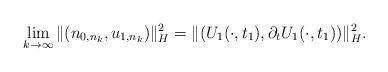
LaTeX: \begin{align*} \lim_{k \rightarrow \infty} \|(n_{0,n_k}, u_{1,n_k})\|_H^2 = \|(U_1(\cdot, t_1), \partial_t U_1 (\cdot, t_1))\|_H^2.\end{align*}